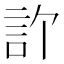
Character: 𬢞